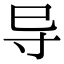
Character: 导